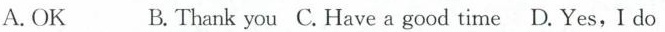
A.OK B.Thank you C.Have a good time D.Yes,I do